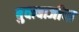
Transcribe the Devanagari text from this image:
बुवाबाजीचा